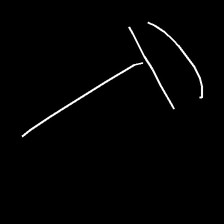
Glyph: dispersion